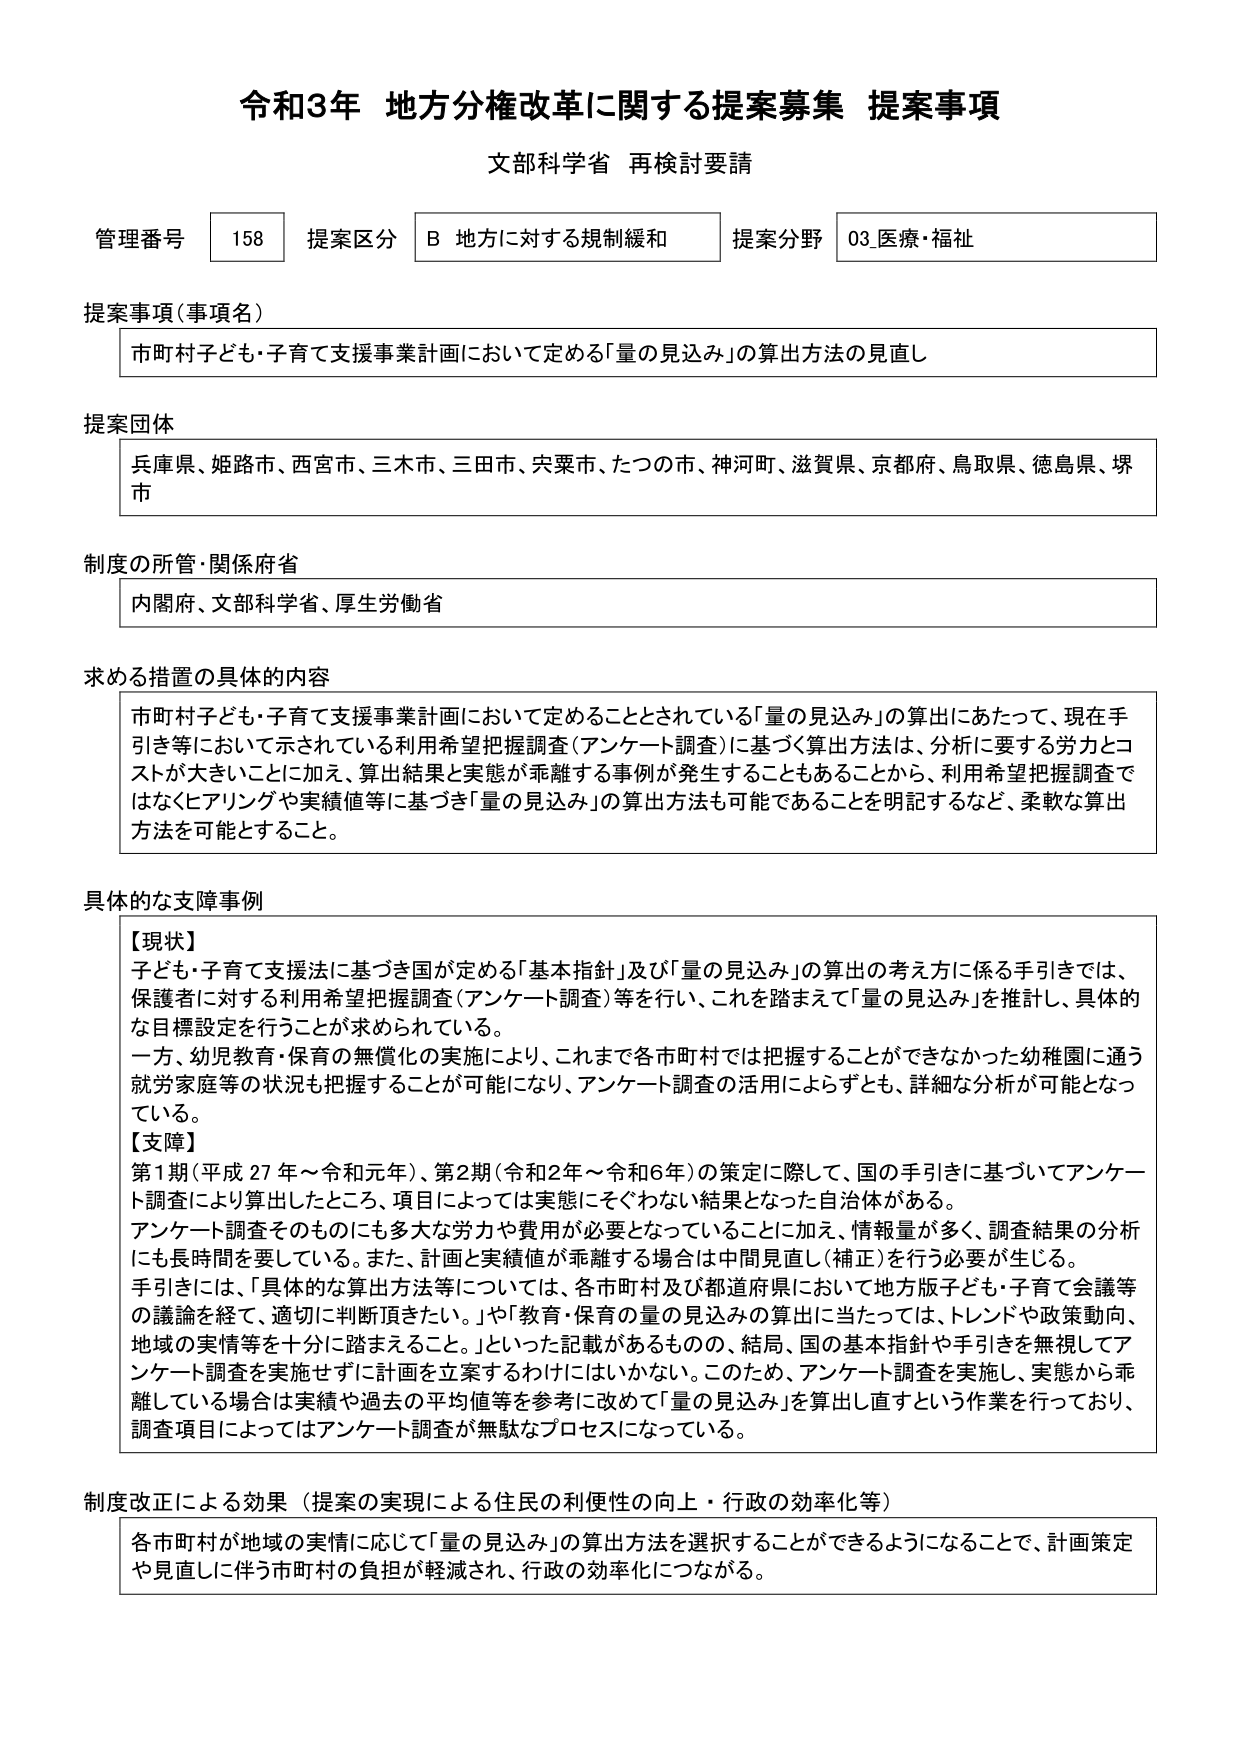
令和3年 地方分権改革に関する提案募集 提案事項
文部科学省 再検討要請

管理番号 158 提案区分 B 地方に対する規制緩和 提案分野 03.医療・福祉

提案事項（事項名）
市町村子ども・子育て支援事業計画において定める「量の見込み」の算出方法の見直し

提案団体
兵庫県、姫路市、西宮市、三木市、三田市、宍粟市、たつの市、神河町、滋賀県、京都府、鳥取県、徳島県、堺市

制度の所管・関係府省
内閣府、文部科学省、厚生労働省

求める措置の具体的内容
市町村子ども・子育て支援事業計画において定めることとされている「量の見込み」の算出にあたって、現在手引き等において示されている利用希望把握調査（アンケート調査）に基づく算出方法は、分析に要する労力とコストが大きいことに加え、算出結果と実態が乖離する事例が発生することもあることから、利用希望把握調査ではなくヒアリングや実績値等に基づき「量の見込み」の算出方法も可能であることを明記するなど、柔軟な算出方法を可能とすること。

具体的な支障事例
【現状】
子ども・子育て支援法に基づき国が定める「基本指針」及び「量の見込み」の算出の考え方に関係する手引きでは、保護者に対する利用希望把握調査（アンケート調査）等を行い、これを踏まえて「量の見込み」を推計し、具体的な目標設定を行うことが求められている。
一方、幼児教育・保育の無償化の実施により、これまで各市町村では把握することができなかった幼稚園に通う就労家庭等の状況も把握することが可能になり、アンケート調査の活用によらずとも、詳細な分析が可能となっている。
【支障】
第1期（平成27年～令和元年）、第2期（令和2年～令和6年）の策定に際して、国の手引きに基づいてアンケート調査により算出したところ、項目によっては実態にそぐわない結果となった自治体がある。
アンケート調査そのものにも多大な労力や費用が必要となっていることに加え、情報量が多く、調査結果の分析にも長時間を要している。また、計画と実績値が乖離する場合は中間見直し（補正）を行う必要が生じる。
手引きには、「具体的な算出方法等については、各市町村及び都道府県において地方版子ども・子育て会議等の議論を経て、適切に判断頂きたい。」や「教育・保育の量の見込みの算出に当たっては、トレンドや政策動向、地域の実情等を十分に踏まえること。」といった記載があるものの、結局、国の基本指針や手引きを無視してアンケート調査を実施せずに計画を立案するわけにはいかない。このため、アンケート調査を実施し、実態から乖離している場合は実績や過去の平均値等を参考に改めて「量の見込み」を算出し直すという作業を行っており、調査項目によってはアンケート調査が無駄なプロセスになっている。

制度改正による効果（提案の実現による住民の利便性の向上・行政の効率化等）
各市町村が地域の実情に応じて「量の見込み」の算出方法を選択することができるようになることで、計画策定や見直しに伴う市町村の負担が軽減され、行政の効率化につながる。